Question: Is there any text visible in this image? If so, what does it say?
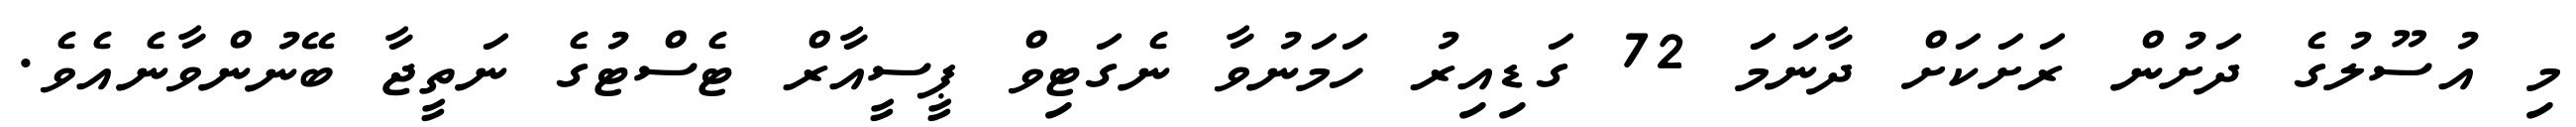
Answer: މި އުސޫލުގެ ދަށުން ރަށަކަށް ދާނަމަަ 72 ގަޑިއިރު ހަމަނުވާ ނެގަޓިވް ޕީސީއާރް ޓެސްޓުގެ ނަތީޖާ ބޭނުންވާނެއެވެ.